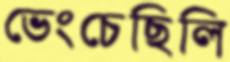
ভেংচেছিলি